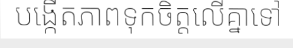
បង្កើតភាពទុកចិត្តលើគ្នាទៅ